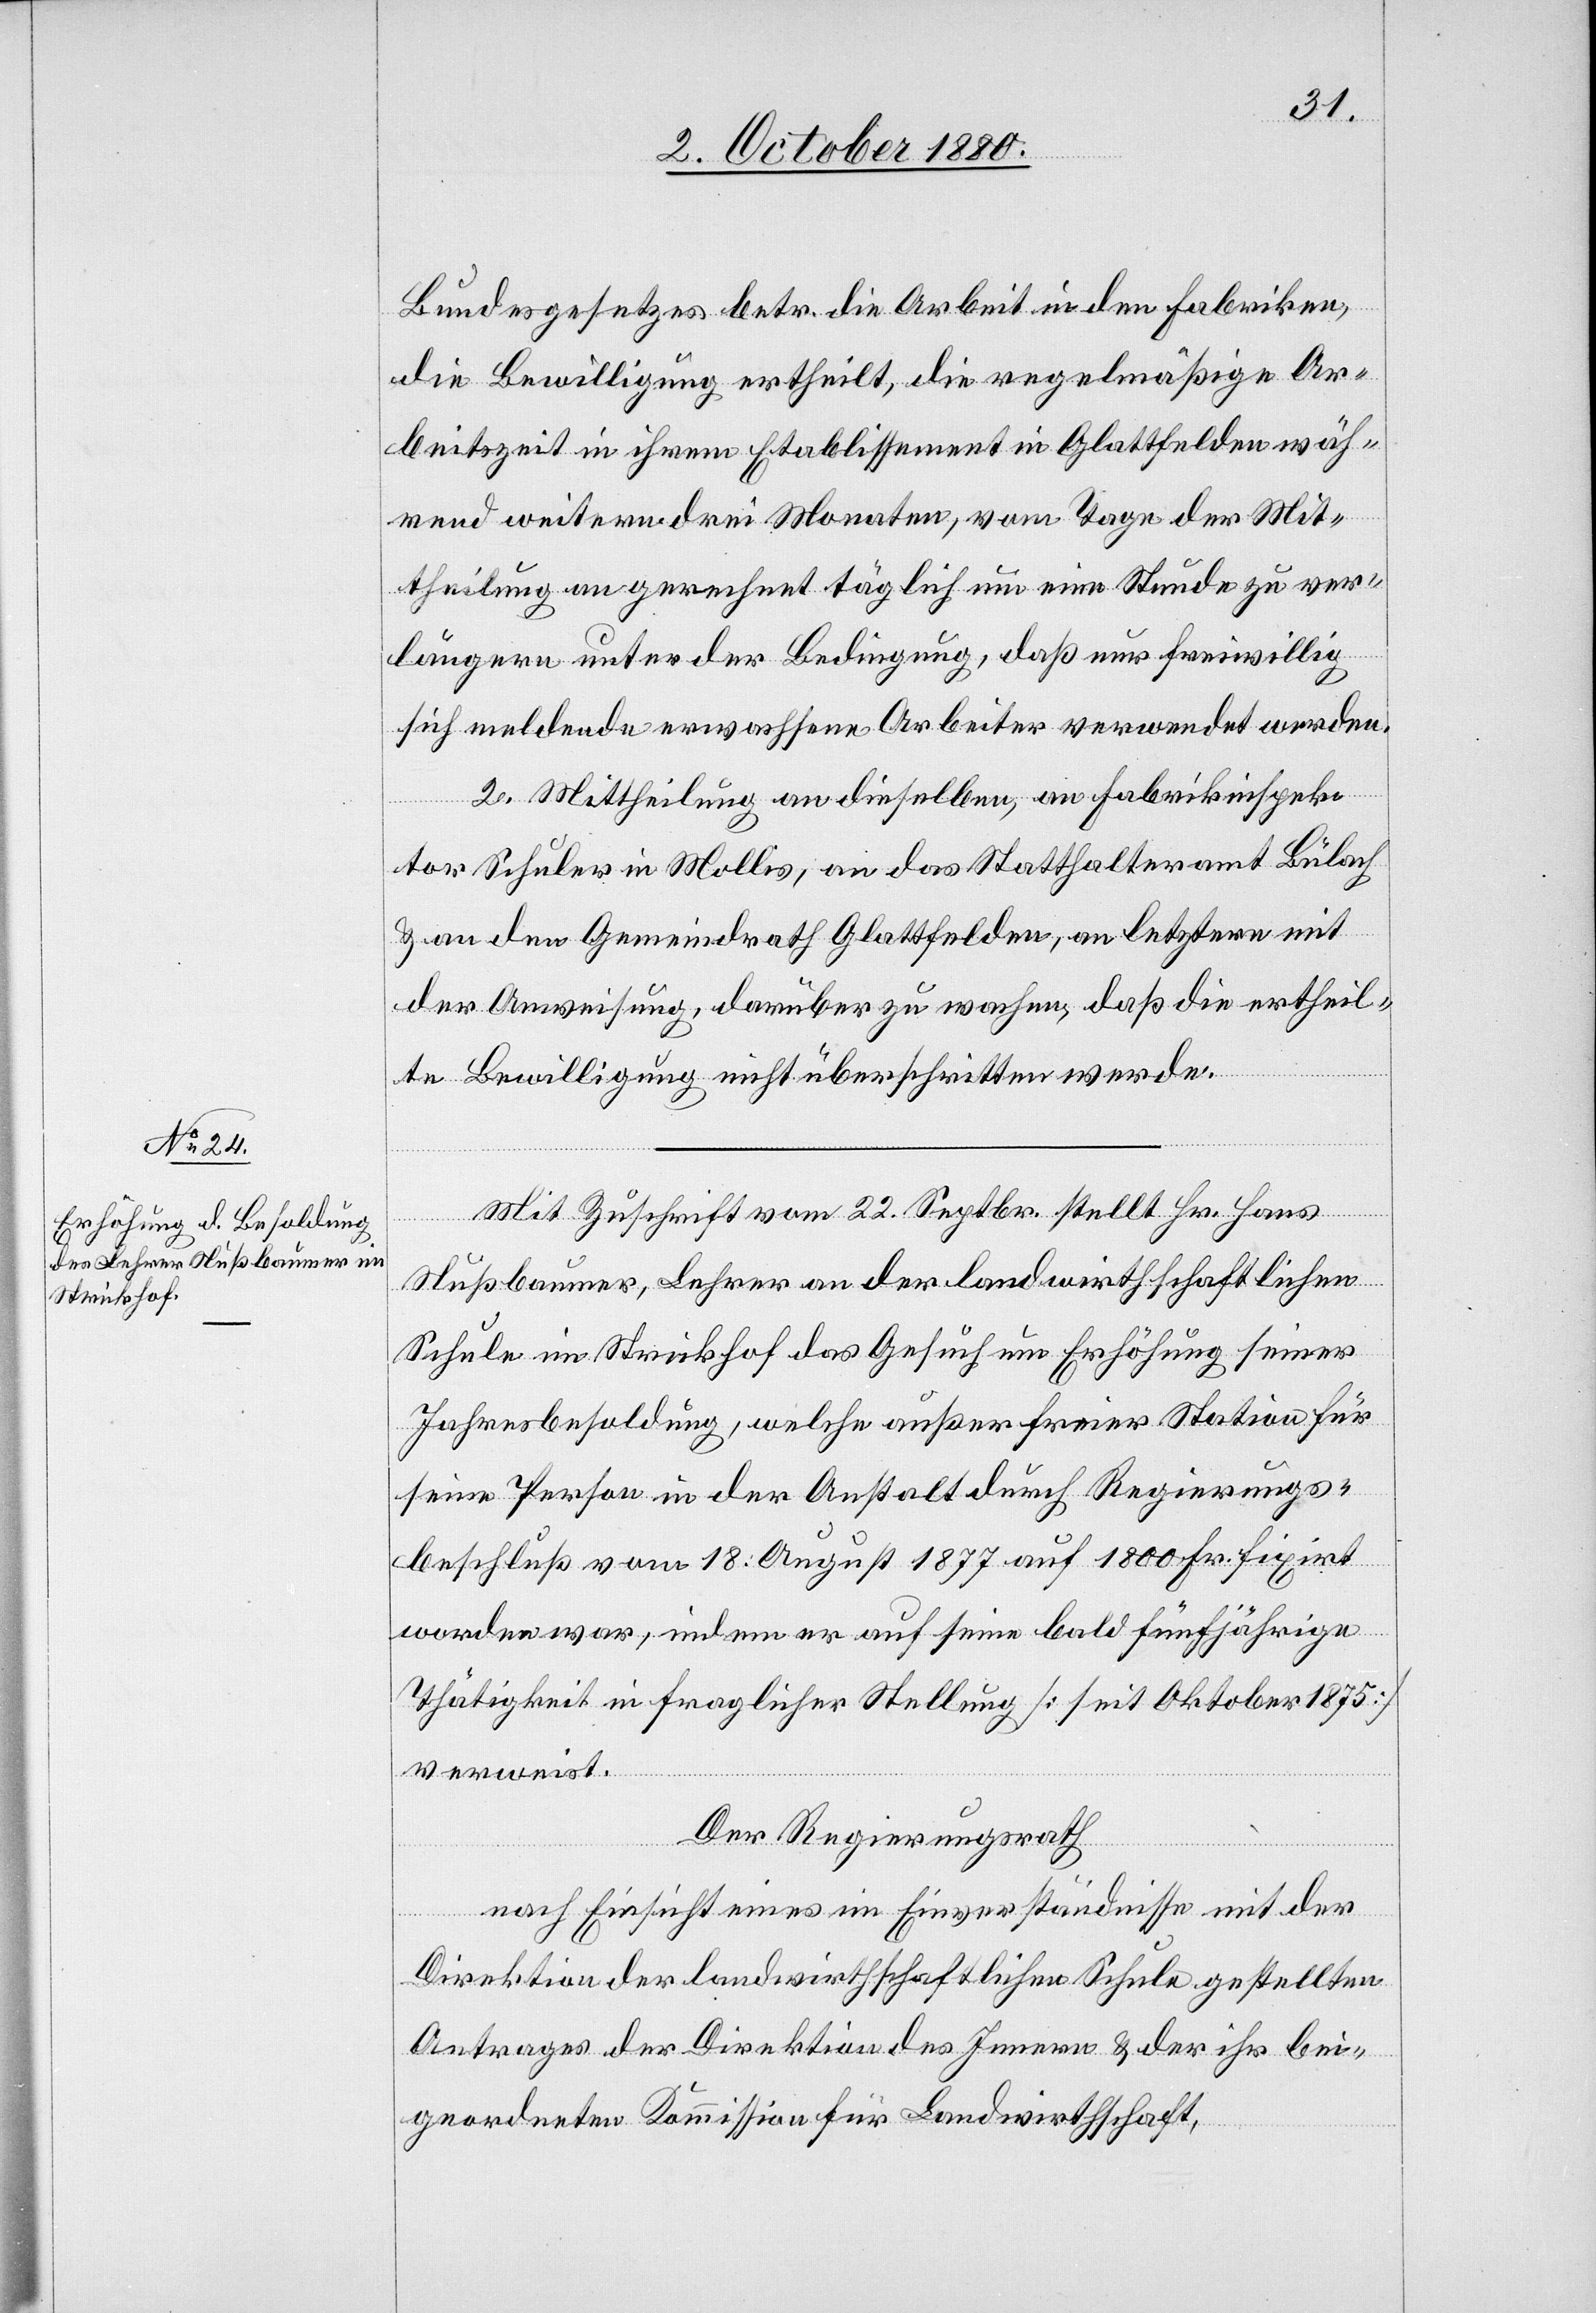
Bundesgesetzes betr. die Arbeitszeit in den Fabriken,
die Bewilligung ertheilt, die regelmäßige Ar¬
beitszeit in ihrem Etablissement in Glattfelden wäh¬
rend weitern drei Monaten, vom Tage der Mit¬
theilung an gerechnet täglich um eine Stunde zu ver¬
längern unter der Bedingung, daß nur freiwillig
sich meldende erwachsene Arbeiter verwendet werden.
2. Mittheilung an dieselben, an Fabrikinspek¬
tor Schuler in Mollis, an das Statthalteramt Bülach
& an den Gemeindrath Glattfelden, an letztern mit
der Anweisung, darüber zu wachen, daß die ertheil¬
te Bewilligung nicht überschritten werde.
Mit Zuschrift vom 22. Septbr. stellt Hr. Hans
Nußbaumer, Lehrer an der landwirthschaftlichen
Schule im Strickhof das Gesuch um Erhöhung seiner
Jahresbesoldung, welche außer freier Station für
seine Person in der Anstalt durch Regierungs¬
beschluß vom 18. August 1877 auf 1800 Fr. fixirt
worden war, indem er auf seine bald fünfjährige
Thätigkeit in fraglicher Stellung [seit Oktober 1875]
verweist.
Der Regierungsrath
nach Einsicht eines im Einverständnisse mit der
Direktion der landwirthschaftlichen Schule gestellten
Antrages der Direktion des Innern & der ihr bei¬
geordneten Kommission für Landwirthschaft,